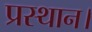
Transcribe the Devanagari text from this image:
प्रस्थान।